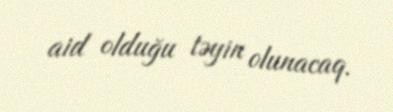
aid olduğu təyin olunacaq.